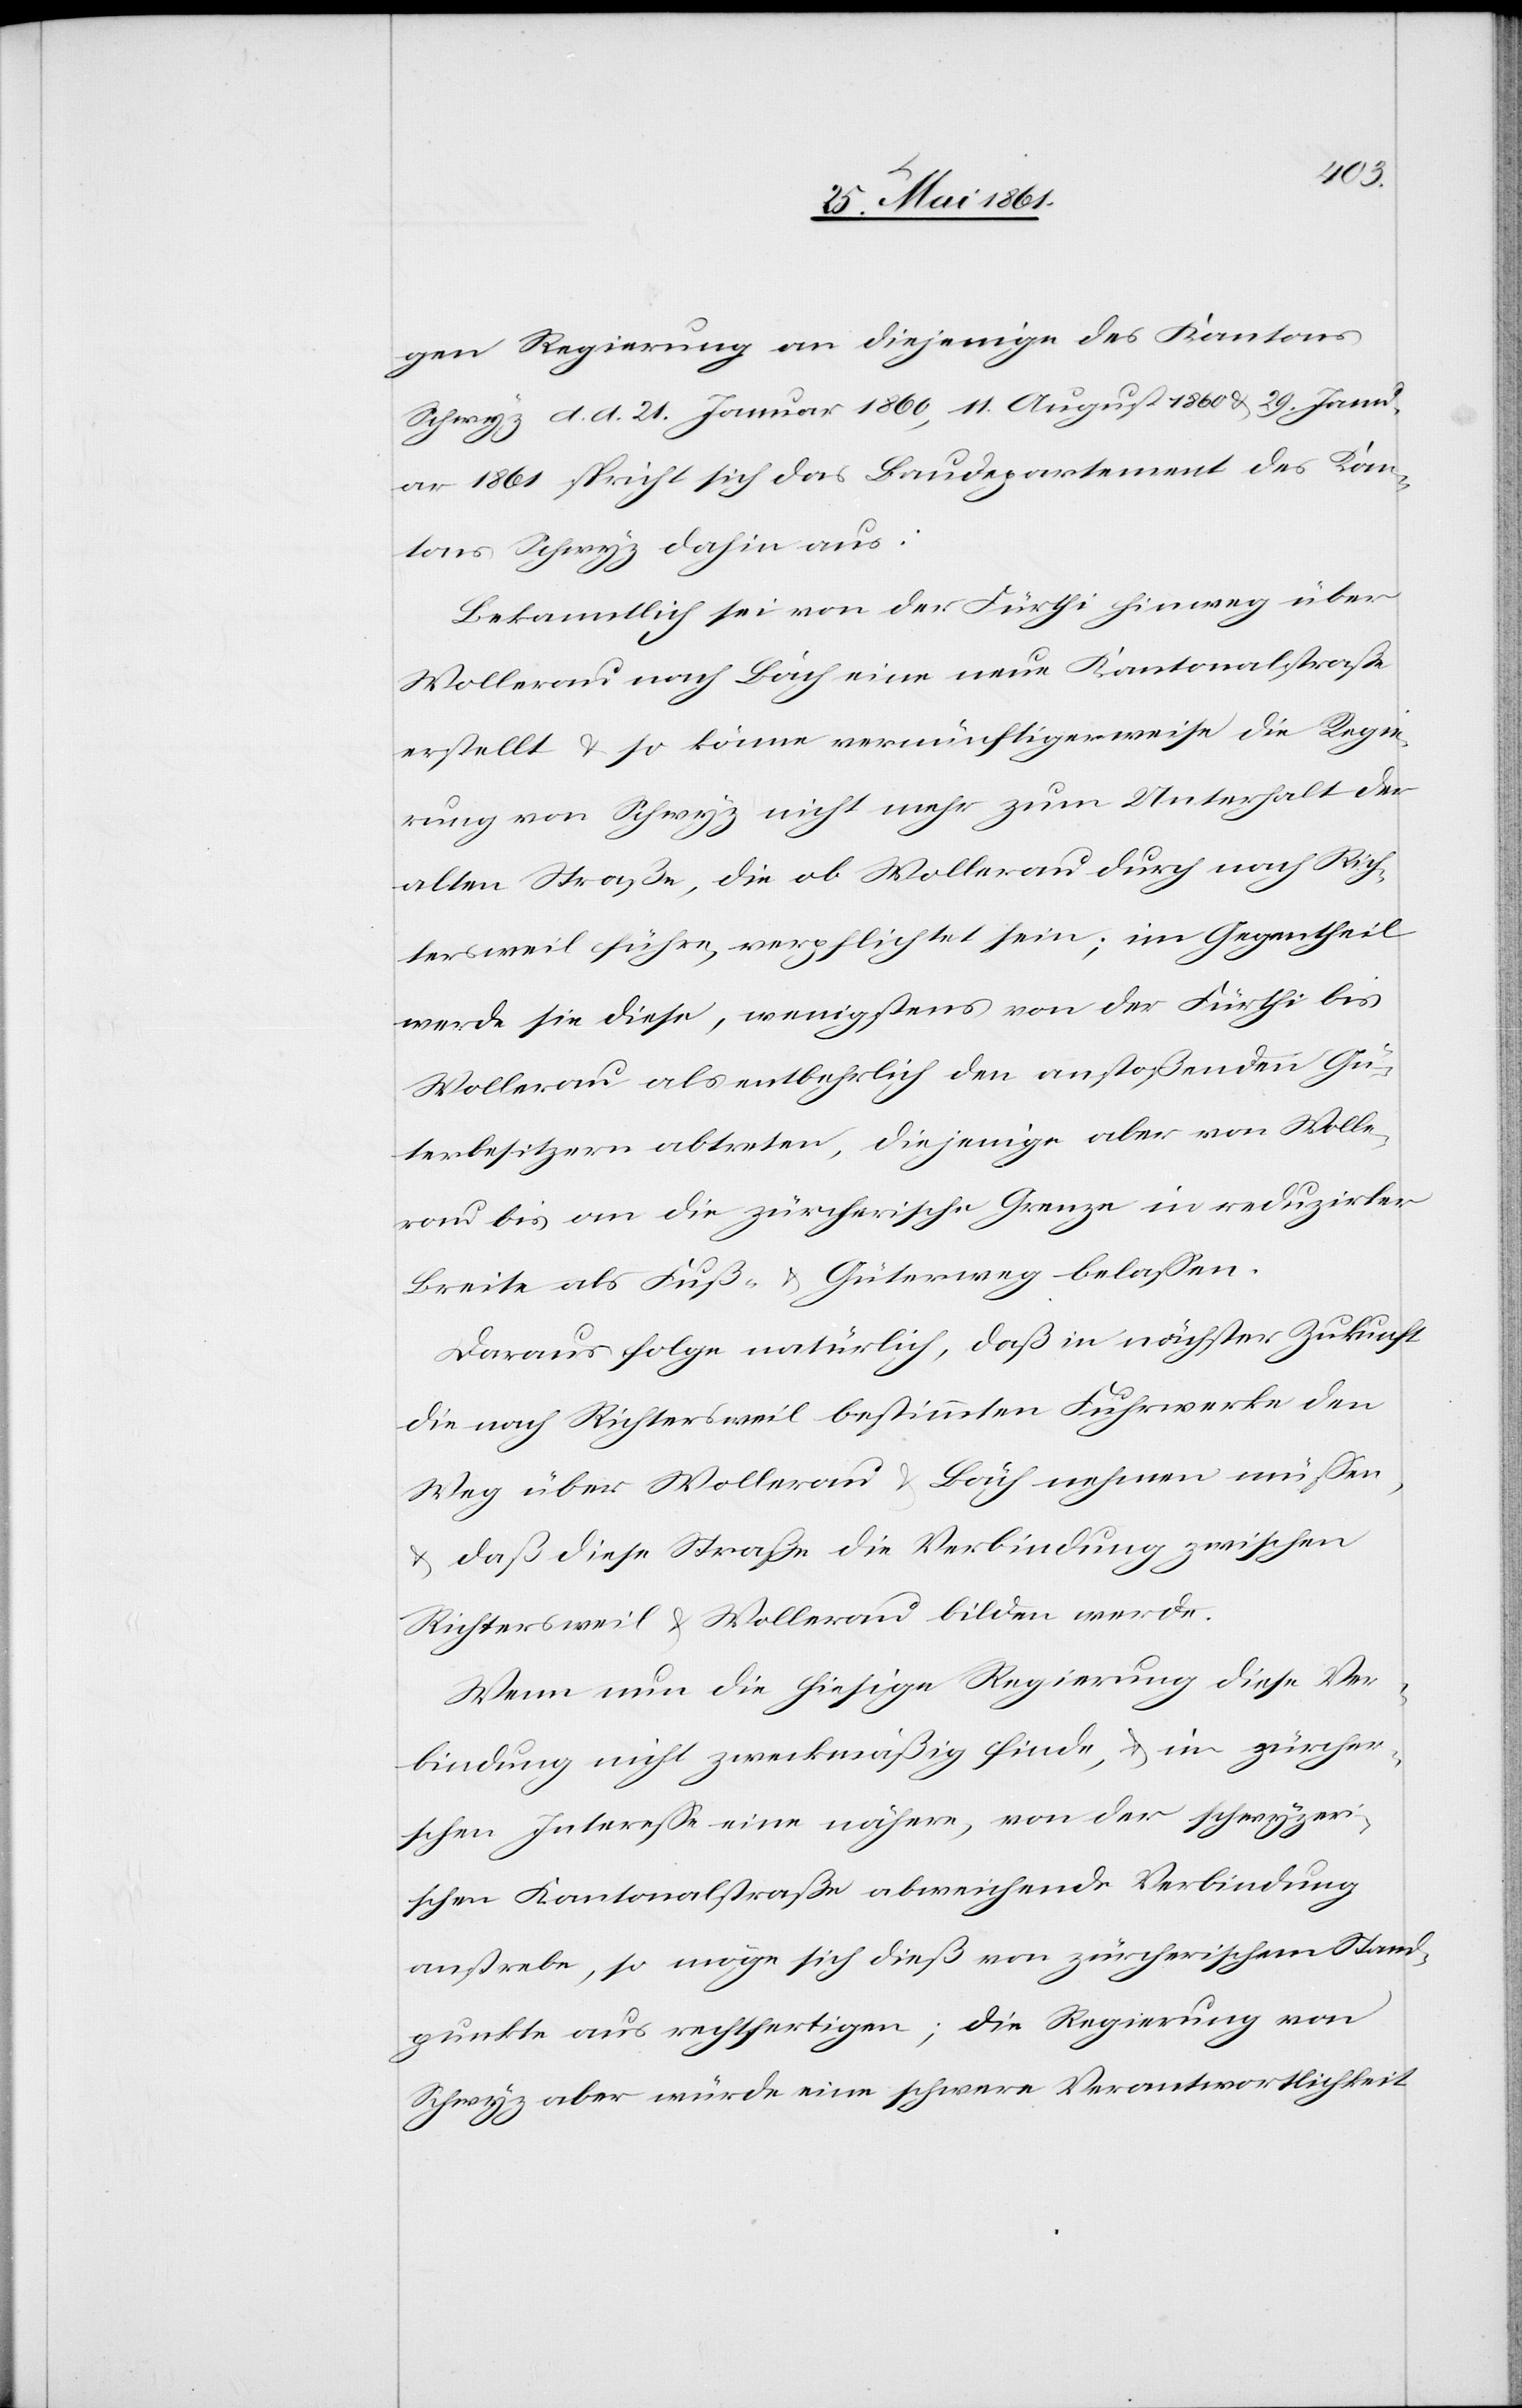
gen Regierung an diejenige des Kantons
Schwyz d. d. 21. Januar 1860, 11. August 1860 u. 29. Janu¬
ar 1861 spricht sich das Baudepartement des Kan¬
tons Schwyz dahin aus:
Bekanntlich sei von der Fürthi hinweg über
Wollerau nach Bäch eine neue Kantonalstraße
erstellt u. so könne vernünftigerweise die Regie¬
rung von Schwyz nicht mehr zum Unterhalt der
alten Straße, die ob Wollerau durch nach Rich¬
tersweil führe, verpflichtet sein; im Gegentheil
werde sie diese, wenigstens von der Fürthi bis
Wollerau als entbehrlich den anstoßenden Gü¬
terbesitzern abtreten, diejenige aber von Wolle¬
rau bis an die zürcherische Grenze in reduzirter
Breite als Fuß- u. Güterweg belassen.
Daraus folge natürlich, daß in nächster Zukunft
die nach Richtersweil bestimmten Fuhrwerke den
Weg über Wollerau u. Bäch nehmen müssen,
u. daß diese Straße die Verbindung zwischen
Richtersweil u. Wollerau bilden werde.
Wenn nun die hiesige Regierung diese Ver¬
bindung nicht zweckmäßig finde, u. im zürcher¬
ischen Interesse eine nähere, von der schwyzeri¬
schen Kantonalstraße abweichende Verbindung
anstrebe, so möge sich dieß von zürcherischem Stand¬
punkte aus rechtfertigen; die Regierung von
Schwyz aber würde eine schwere Verantwortlichkeit